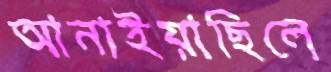
আনাইয়াছিলে